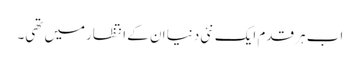
اب ہر قدم ایک نئی دنیا ان کے انتظارمیں تھی۔